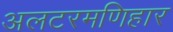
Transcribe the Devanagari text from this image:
अलटरमणिहार